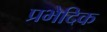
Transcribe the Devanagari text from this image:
प्रभेदिक